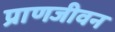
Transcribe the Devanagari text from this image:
प्राणजीवन